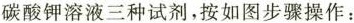
碳酸钾溶液三种试剂，按如图步骤操作：